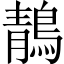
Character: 鶄